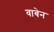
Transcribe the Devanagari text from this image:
वाबेन